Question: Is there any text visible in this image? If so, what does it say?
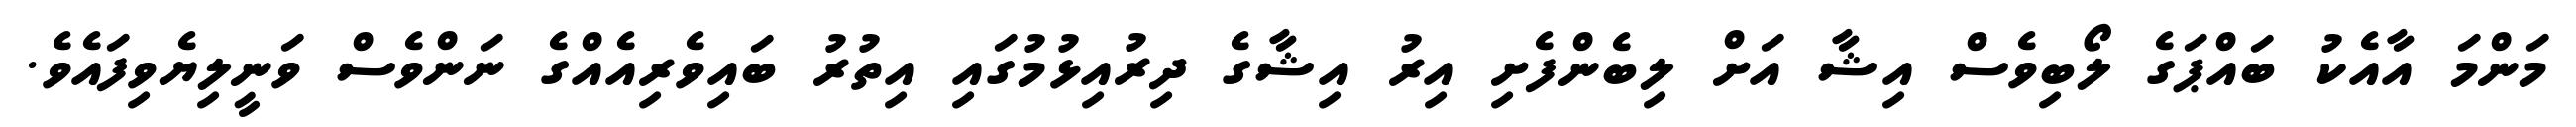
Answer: މަންމަ އާއެކު ބައްޕަގެ ލޯބިވެސް އިޝާ އަށް ލިބެންފެށި އިރު އިޝާގެ ދިރުއިޅުމުގައި އިތުރު ބައިވެރިއެއްގެ ނަންވެސް ވަނީލިޔެވިފައެވެ.